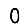
Digit: 0